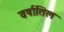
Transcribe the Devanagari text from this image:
वर्षातिल